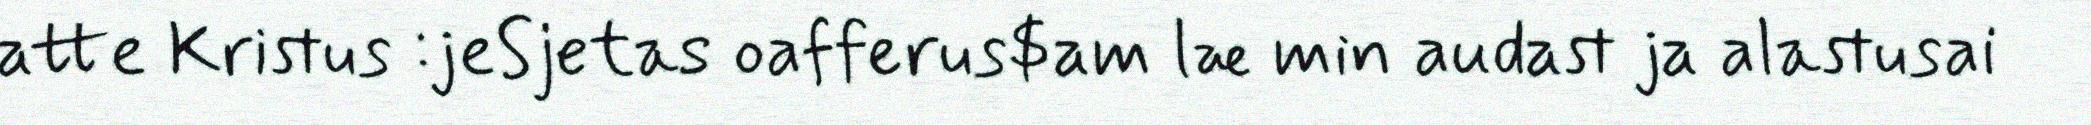
atte Kristus :jeSjetas oafferus$am læ min audast ja alastusai